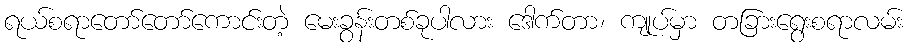
ရယ်စရာတော်တော်ကောင်းတဲ့ မေးခွန်းတစ်ခုပါလား ဒေါက်တာ၊ ကျုပ်မှာ တခြားရွေးစရာလမ်း